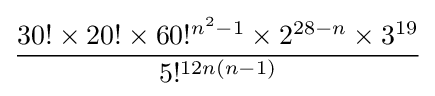
{\frac {30!\times 20!\times 60!^{n^{2}-1}\times 2^{28-n}\times 3^{19}}{5!^{12n(n-1)}}}